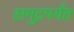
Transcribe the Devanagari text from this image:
समुद्रपर्यंत